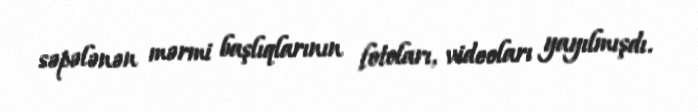
səpələnən mərmi başlıqlarının fotoları, videoları yayılmışdı.